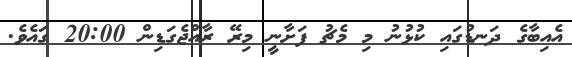
އެއިބާގެ ދަނޑުގައި ކުޅުނު މި މެޗު ފަށާނީ މިރޭ ރާއްޖެގަޑިން 20:00 ގައެވެ.